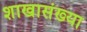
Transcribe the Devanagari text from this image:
शाखासंख्या